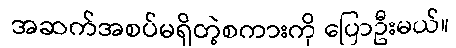
အဆက်အစပ်မရှိတဲ့စကားကို ပြောဦးမယ်။